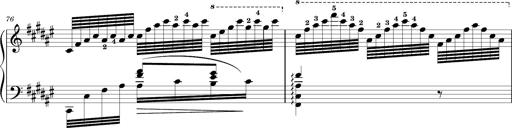
Title: Schlummerlied mit Arabesken
Composer: Franz Liszt
Key: F-sharp major